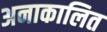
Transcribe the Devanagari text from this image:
अनाकालित